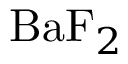
\mathrm { B a F } _ { 2 }